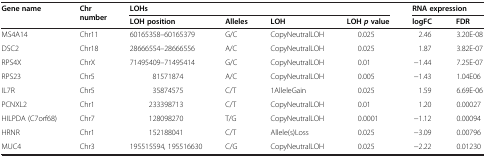
<table><thead><tr><td rowspan="2"><b>Gene name</b></td><td rowspan="2"><b>Chr number</b></td><td colspan="4"><b>LOHs</b></td><td colspan="2"><b>RNA expression</b></td></tr><tr><td><b>LOH position</b></td><td><b>Alleles</b></td><td><b>LOH</b></td><td><b>LOH<i>p</i>value</b></td><td><b>logFC</b></td><td><b>FDR</b></td></tr></thead><tbody><tr><td>MS4A14</td><td>Chr11</td><td>60165358–60165379</td><td>G/C</td><td>CopyNeutralLOH</td><td>0.025</td><td>2.46</td><td>3.20E-08</td></tr><tr><td>DSC2</td><td>Chr18</td><td>28666554–28666556</td><td>A/C</td><td>CopyNeutralLOH</td><td>0.025</td><td>1.87</td><td>3.82E-07</td></tr><tr><td>RPS4X</td><td>ChrX</td><td>71495409–71495414</td><td>G/C</td><td>CopyNeutralLOH</td><td>0.01</td><td>−1.44</td><td>7.25E-07</td></tr><tr><td>RPS23</td><td>Chr5</td><td>81571874</td><td>A/C</td><td>CopyNeutralLOH</td><td>0.005</td><td>−1.43</td><td>1.04E06</td></tr><tr><td>IL7R</td><td>Chr5</td><td>35874575</td><td>C/T</td><td>1AlleleGain</td><td>0.025</td><td>1.59</td><td>6.69E-06</td></tr><tr><td>PCNXL2</td><td>Chr1</td><td>233398713</td><td>C/T</td><td>CopyNeutralLOH</td><td>0.01</td><td>1.20</td><td>0.00027</td></tr><tr><td>HILPDA (C7orf68)</td><td>Chr7</td><td>128098270</td><td>T/G</td><td>CopyNeutralLOH</td><td>0.0001</td><td>−1.12</td><td>0.00094</td></tr><tr><td>HRNR</td><td>Chr1</td><td>152188041</td><td>C/T</td><td>Allele(s)Loss</td><td>0.025</td><td>−3.09</td><td>0.00796</td></tr><tr><td>MUC4</td><td>Chr3</td><td>195515594, 195516630</td><td>C/G</td><td>CopyNeutralLOH</td><td>0.025</td><td>−2.22</td><td>0.01230</td></tr></tbody></table>